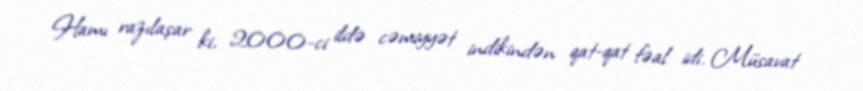
Hamı razılaşar ki, 2000-ci ildə cəmiyyət indikindən qat-qat fəal idi. Müsavat